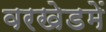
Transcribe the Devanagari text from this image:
वरखेडमें